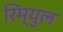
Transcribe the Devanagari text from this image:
रिम्युल